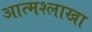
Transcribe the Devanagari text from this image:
आत्मश्लाखा